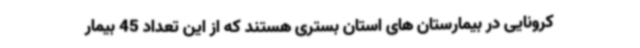
کرونایی در بیمارستان های استان بستری هستند که از این تعداد 45 بیمار